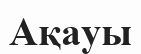
Ақауы